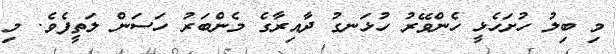
މި ބިލު ހުށަހެޅީ ހެންވޭރު ހުޅަނގު ދާއިރާގެ މެންބަރު ހަސަން ލަތީފެވެ. މި